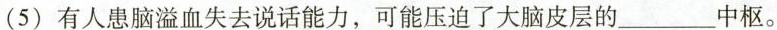
（5）有人患脑溢血失去说话能力，可能压迫了大脑皮层的___中枢。